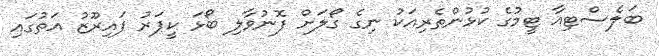
ބަލެސްޓިއާ ޓީމުގެ ކުޅުންތެރިއަކު ނިގެ ގޯލަށް ފޮނުވާލި ބޯޅަ ކީޕަރު ފައިރޫޒު އަތުގައި